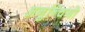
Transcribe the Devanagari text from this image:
अनुन्चियो